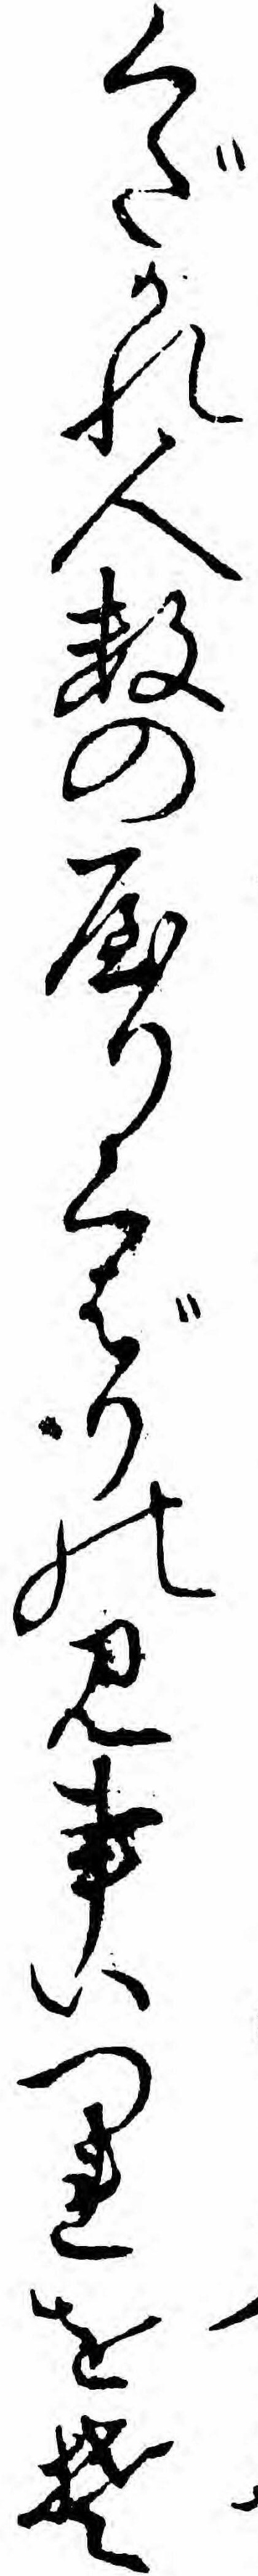
くだかれ人数のやりくばりの見事いつれをそ